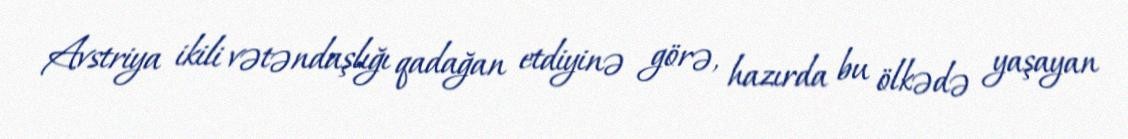
Avstriya ikili vətəndaşlığı qadağan etdiyinə görə, hazırda bu ölkədə yaşayan